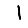
Digit: 1